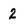
Character: 2